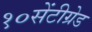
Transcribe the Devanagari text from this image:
१०सेंटीग्रेड